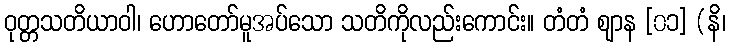
ဝုတ္တသတိယာဝါ၊ ဟောတော်မူအပ်သော သတိကိုလည်းကောင်း။ တံတံ ဈာန [၀၁] (နိ၊